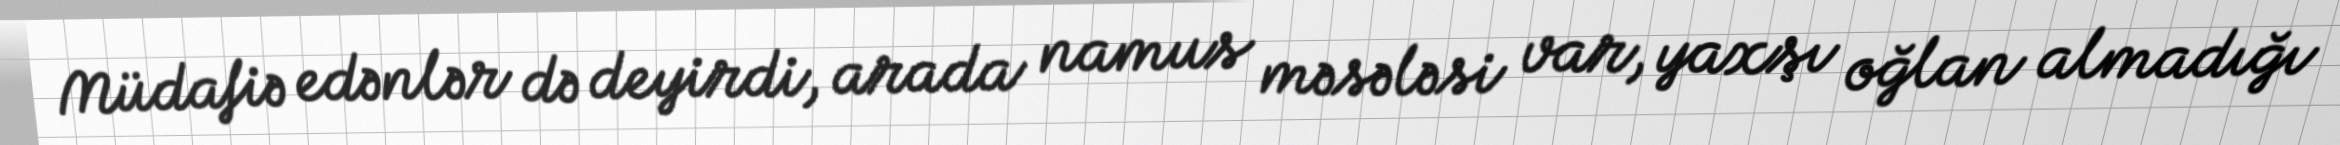
Müdafiə edənlər də deyirdi, arada namus məsələsi var, yaxşı oğlan almadığı